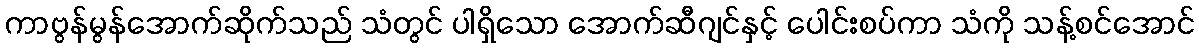
ကာဗွန်မွန်အောက်ဆိုက်သည် သံတွင် ပါရှိသော အောက်ဆီဂျင်နှင့် ပေါင်းစပ်ကာ သံကို သန့်စင်အောင်